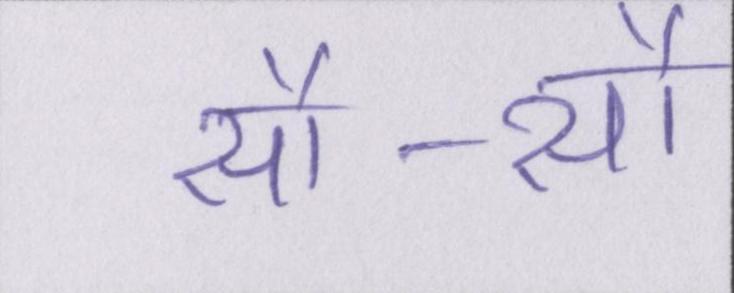
सौ-सौ